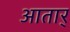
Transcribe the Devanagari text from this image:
आतार्